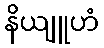
နိယျူဟံ